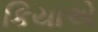
કિયાએ